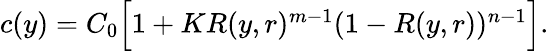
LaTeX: \begin{array}{r}{c(y)=C_{0}\Big[1+KR(y,r)^{m-1}(1-R(y,r))^{n-1}\Big].}\end{array}